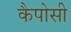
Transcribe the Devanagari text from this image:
कैपोसी